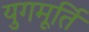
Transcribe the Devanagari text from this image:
युगमूर्ति